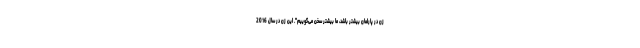
زن در پارلمان بیشتر باشد، ما بیشتر سخن می‌گوییم". این زن در سال 2016